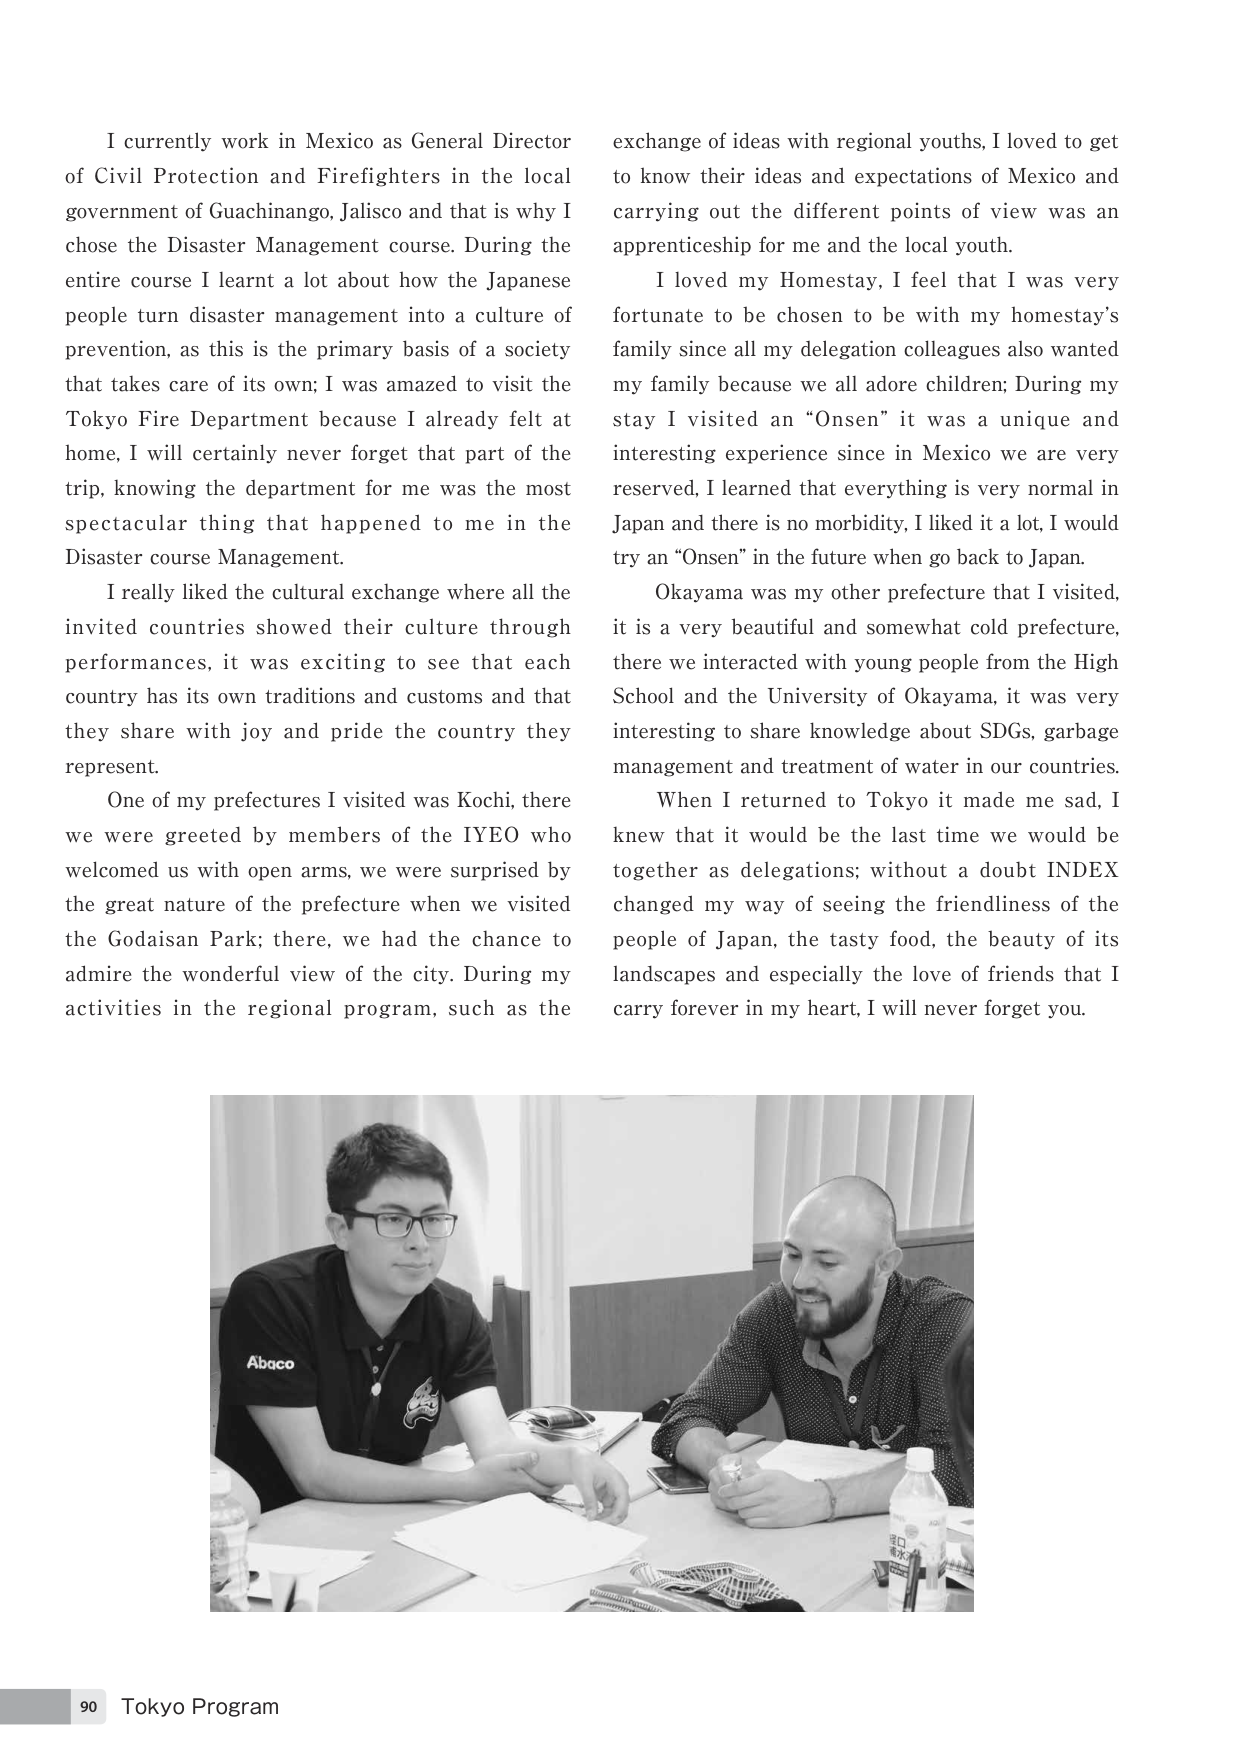
I currently work in Mexico as General Director of Civil Protection and Firefighters in the local government of Guachinango, Jalisco and that is why I chose the Disaster Management course. During the entire course I learnt a lot about how the Japanese people turn disaster management into a culture of prevention, as this is the primary basis of a society that takes care of its own; I was amazed to visit the Tokyo Fire Department because I already felt at home, I will certainly never forget that part of the trip, knowing the department for me was the most spectacular thing that happened to me in the Disaster course Management.

I really liked the cultural exchange where all the invited countries showed their culture through performances, it was exciting to see that each country has its own traditions and customs and that they share with joy and pride the country they represent.

One of my prefectures I visited was Kochi, there we were greeted by members of the IYEO who welcomed us with open arms, we were surprised by the great nature of the prefecture when we visited the Godaisan Park; there, we had the chance to admire the wonderful view of the city. During my activities in the regional program, such as the exchange of ideas with regional youths, I loved to get to know their ideas and expectations of Mexico and carrying out the different points of view was an apprenticeship for me and the local youth.

I loved my Homestay, I feel that I was very fortunate to be chosen to be with my homestay’s family since all my delegation colleagues also wanted my family because we all adore children; During my stay I visited an “Onsen” it was a unique and interesting experience since in Mexico we are very reserved, I learned that everything is very normal in Japan and there is no morbidity, I liked it a lot, I would try an “Onsen” in the future when go back to Japan.

Okayama was my other prefecture that I visited, it is a very beautiful and somewhat cold prefecture, there we interacted with young people from the High School and the University of Okayama, it was very interesting to share knowledge about SDGs, garbage management and treatment of water in our countries.

When I returned to Tokyo it made me sad, I knew that it would be the last time we would be together as delegations; without a doubt INDEX changed my way of seeing the friendliness of the people of Japan, the tasty food, the beauty of its landscapes and especially the love of friends that I carry forever in my heart, I will never forget you.

Abaco

90 Tokyo Program